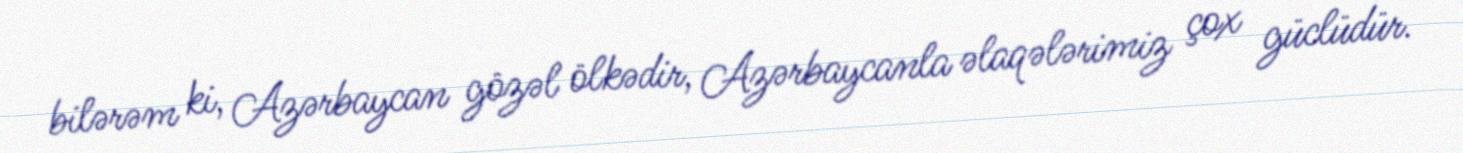
bilərəm ki, Azərbaycan gözəl ölkədir, Azərbaycanla əlaqələrimiz çox güclüdür.